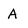
Character: A